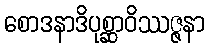
စောဒနာဒိပုစ္ဆာဝိဿဇ္ဇနာ